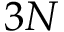
3 N